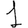
Digit: 1